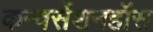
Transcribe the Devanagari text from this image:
कन्वर्सेशनहॉस